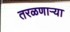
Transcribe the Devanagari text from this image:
तरळणाऱ्या